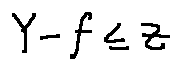
Y - f \leq z